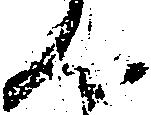
ん